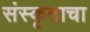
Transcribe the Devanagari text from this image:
संस्कृताचा